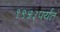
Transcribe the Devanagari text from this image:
१९५३पर्यंत